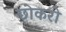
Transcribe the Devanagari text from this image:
छोकरो